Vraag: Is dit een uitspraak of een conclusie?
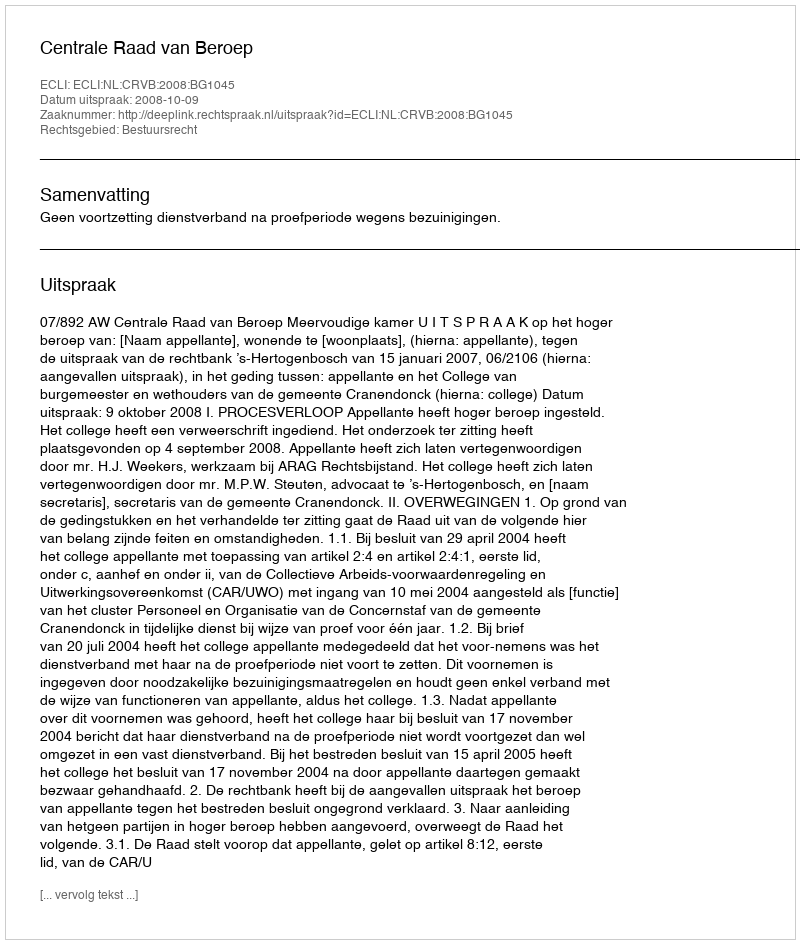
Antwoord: Uitspraak